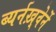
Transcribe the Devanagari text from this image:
ब्यर्नख़्वेर्ने